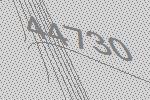
44730